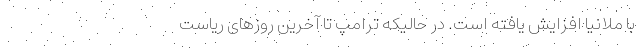
با ملانیا افزایش یافته است. در حالیکه ترامپ تا آخرین روزهای ریاست